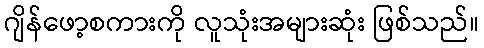
ဂျိန်ဖော့စကားကို လူသုံးအများဆုံး ဖြစ်သည်။